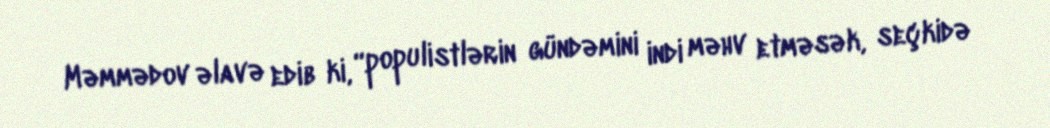
Məmmədov əlavə edib ki, “populistlərin gündəmini indi məhv etməsək, seçkidə